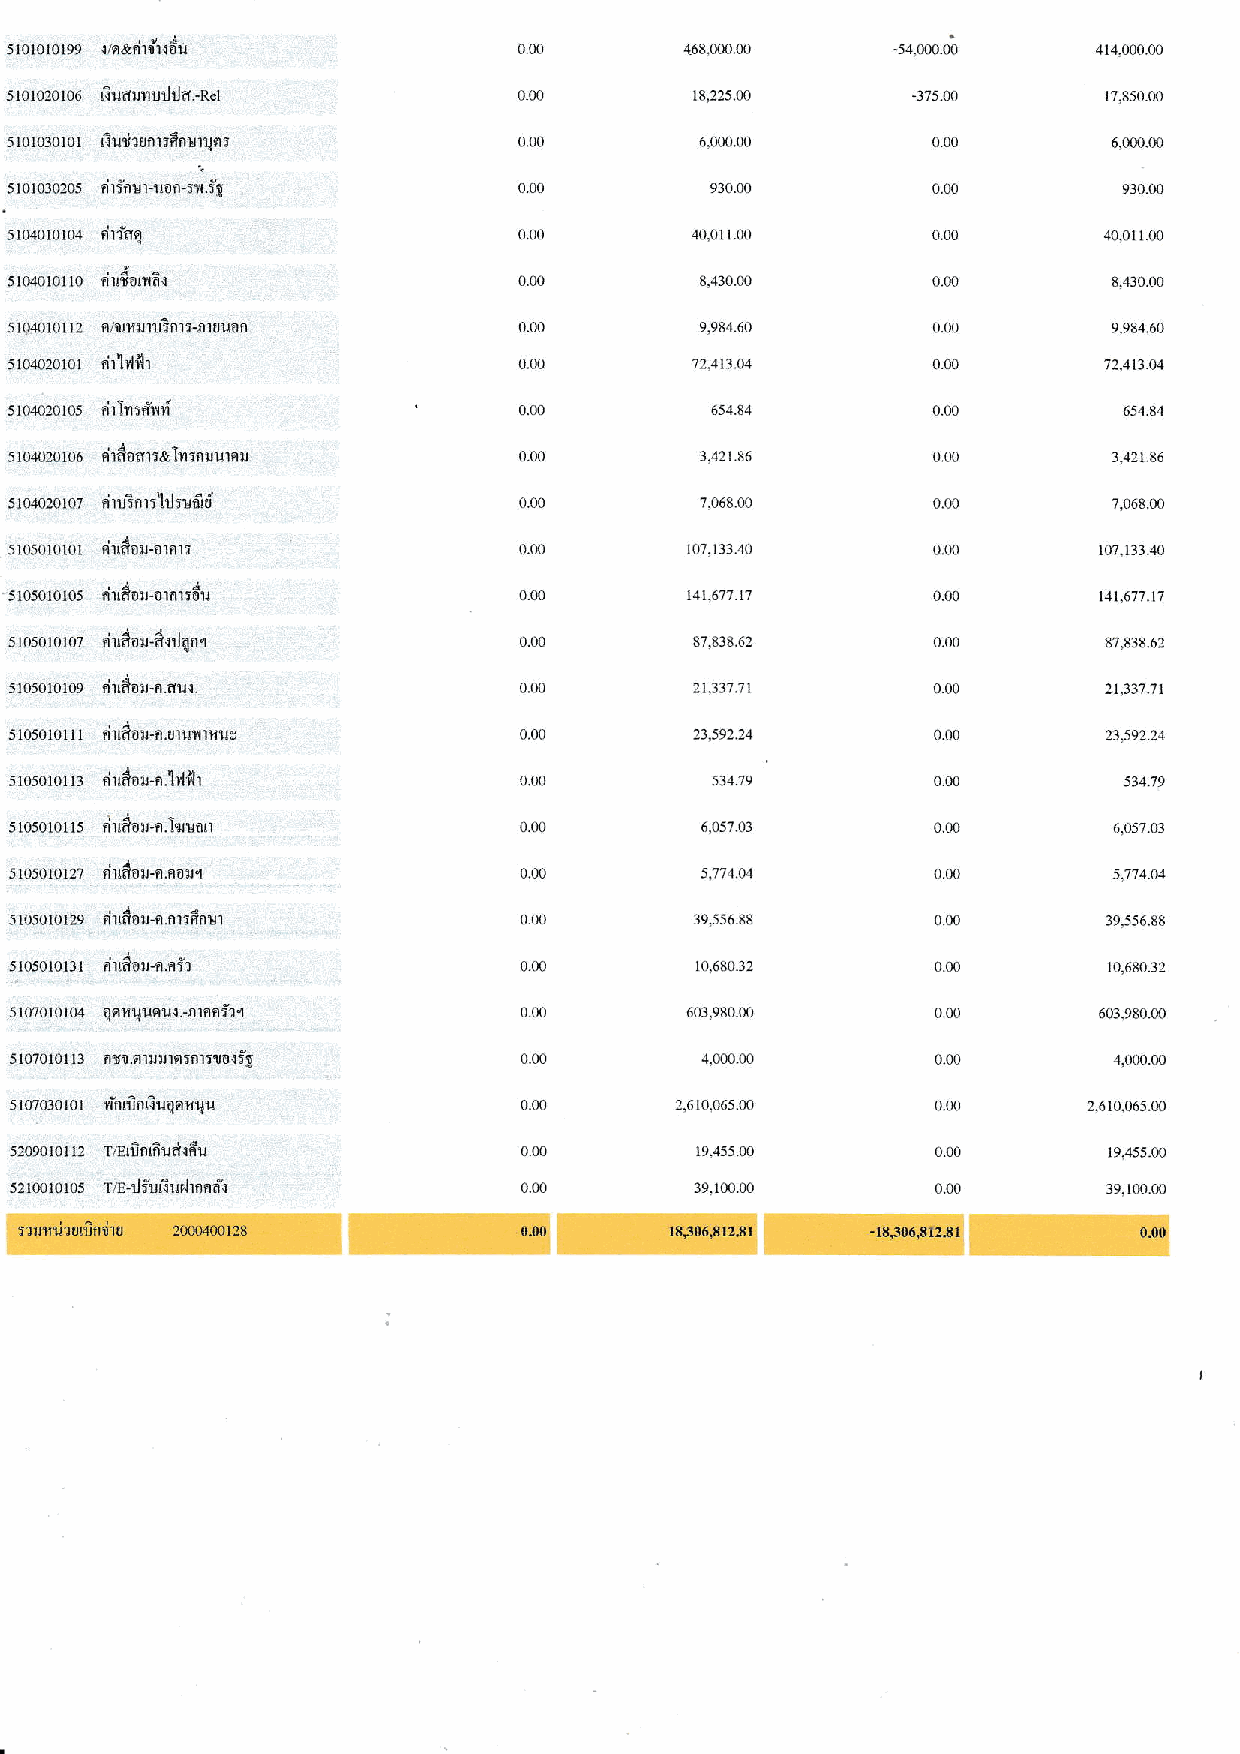
0∞         468,00000     ‐54,00000     414,00000
 51oro2o106 lirrdx11!]rldd.-Rel    000         18,22500      ‐375 oo      17,850∞
 5101030101 ril.rli?irfl rrfin!rIqr^ 000       6011100         000         6,lXXl∞
 000          93000          000         93000
 5101010101 rirfdql               000         40,01100        000        40,01100
 000         8,43000         0111        843000
 000         9,98460         000         998460
 000         7241304         000        72.41304
 000          65484          000         65484
 000         3,421 86        000         3,42186
 000         7,06800         000         7,06800
 000        107,13340        000        107 13340
 0 tXl      141,67, 1,       000        141,677 17
 5105010107 バ 1僣0脚綸,JQn“          000         87.83862        000        87.83862
 5]050101tn9 0■10別 ni■、           000         21,33771        000        21,33771
 000         23,59224        000        2359224
 000          53479          000         53479
 000         6.t15703        00o         6,05703
 000         5,77414         000         5,7,4“
 000         3955688         000        39,55688
 000         10,68032        000        10,68032
 000        603,98000        000        60398000
 000         4.lX l1 0J      0∞          4.000011
 5loTo3orol rhrinri1lqnfllu       000        2,610,0651111    000       2,610,06500
 0∞         1945500         000        19,4550D
 0∞         39111∞          000        39,1∞∞
 :1lr1ilr?Ol1rflnru 2u]0400128